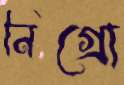
নিগ্রো